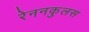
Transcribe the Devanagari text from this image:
रेननकुलस